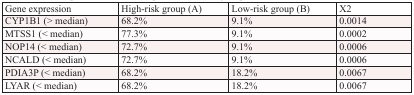
<table><thead><tr><td><b>Gene expression</b></td><td><b>High-risk group (A)</b></td><td><b>Low-risk group (B)</b></td><td><b>Χ2</b></td></tr></thead><tbody><tr><td>CYP1B1 (&gt; median)</td><td>68.2%</td><td>9.1%</td><td>0.0014</td></tr><tr><td>MTSS1 (&lt; median)</td><td>77.3%</td><td>9.1%</td><td>0.0002</td></tr><tr><td>NOP14 (&lt; median)</td><td>72.7%</td><td>9.1%</td><td>0.0006</td></tr><tr><td>NCALD (&lt; median)</td><td>72.7%</td><td>9.1%</td><td>0.0006</td></tr><tr><td>PDIA3P (&lt; median)</td><td>68.2%</td><td>18.2%</td><td>0.0067</td></tr><tr><td>LYAR (&lt; median)</td><td>68.2%</td><td>18.2%</td><td>0.0067</td></tr></tbody></table>